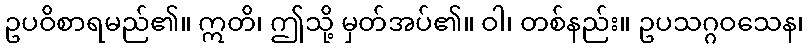
ဥပဝိစာရမည်၏။ ဣတိ၊ ဤသို့ မှတ်အပ်၏။ ဝါ၊ တစ်နည်း။ ဥပသဂ္ဂဝသေန၊